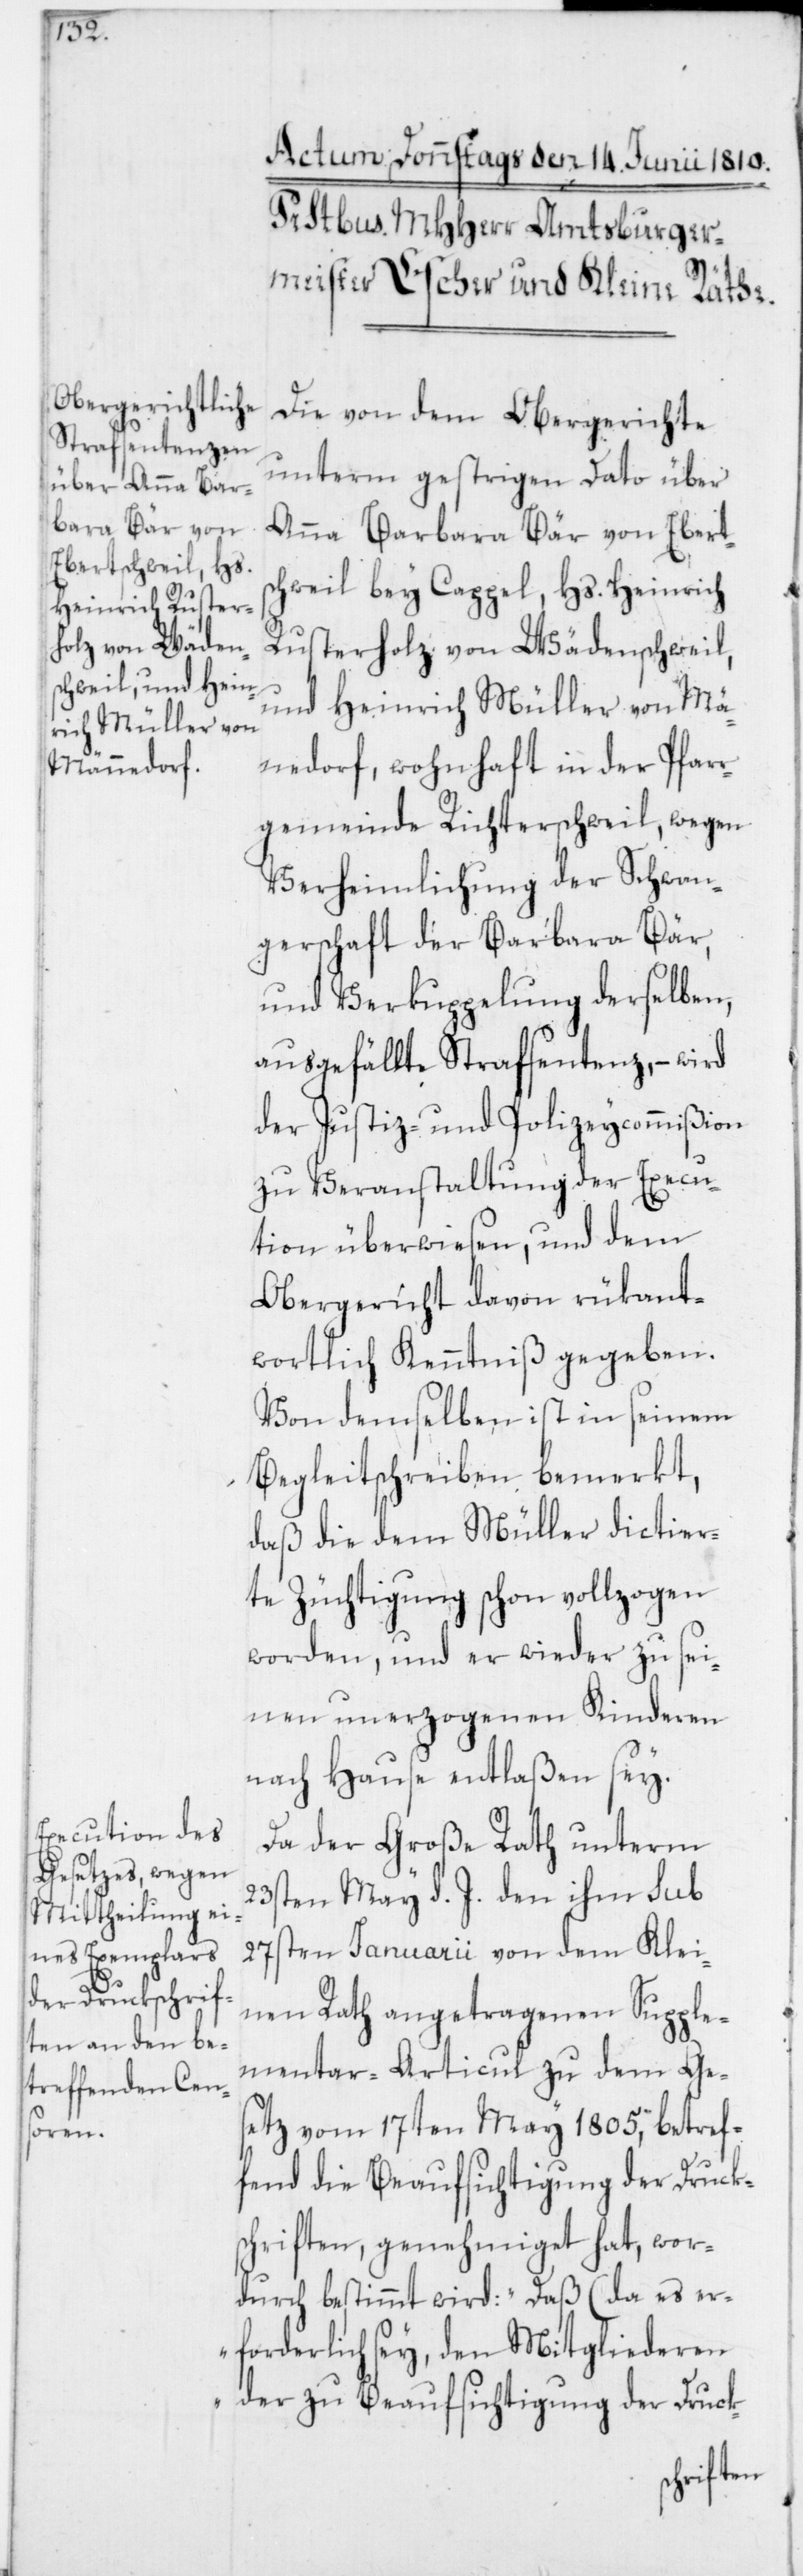
Die von dem Obergerichte
unterm gestrigen Dato über
Anna Barbara Bär von Eberts¬
chweil bey Cappel; Hs. Heinrich
Rusterholz von Wädenschweil,
und Heinrich Müller von Mä¬
nnedorf, wohnhaft in der Pfar¬
rgemeinde Richterschweil; wegen
Verheimlichung der Schwan¬
gerschaft der Barbara Bär
und Verkuppelung derselben,
ausgefällte Strafsentenz, – wird
der Justiz- und Polizeycommißion
zu Veranstaltung der Execu¬
tion überwiesen, und dem
Obergericht davon rükant¬
wortlich Kenntniß gegeben.
Von demselben ist in seinem
Begleitschreiben bemerkt,
daß die dem Müller dictier¬
te Züchtigung schon vollzogen
worden, und er wieder zu sei¬
nen unerzogenen Kinderen
nach Hause entlaßen sey.
Da der Große Rath unterm
23sten May d. J. den ihm sub
27sten Januarii von dem Klei¬
nen Rath angetragenen Supple¬
mentar-Articul zu dem Ge¬
setz vom 17ten May 1805, betref¬
fend die Beaufsichtigung der Druck¬
schriften, genehmiget hat, wor¬
durch bestimmt wird: „Daß (da es er¬
forderlich sey, den Mitgliederen
der zu Beaufsichtigung der Druck-